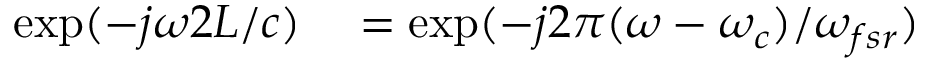
\begin{array} { r l } { \exp ( - j \omega 2 L / c ) } & { { } = \exp ( - j 2 \pi ( \omega - \omega _ { c } ) / \omega _ { f s r } ) } \end{array}